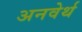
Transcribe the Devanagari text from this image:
अनवेर्थ